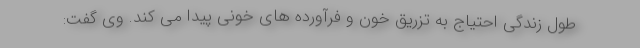
طول زندگی احتیاج به تزریق خون و فرآورده های خونی پیدا می کند. وی گفت: